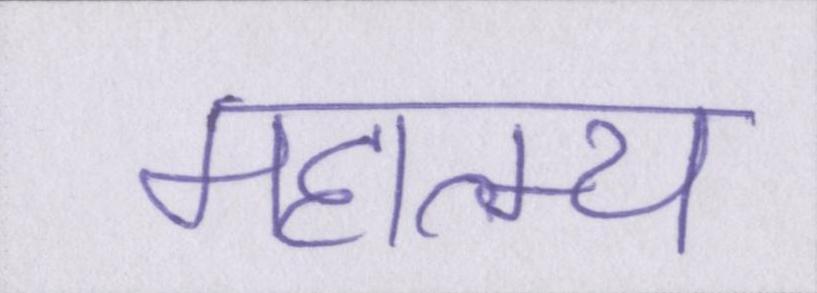
महात्म्य